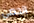
الحصى